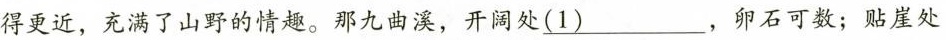
得更近，充满了山野的情趣。那九曲溪，开阔处(1)，卵石可数；贴崖处